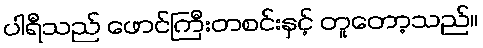
ပါရီသည် ဖောင်ကြီးတစင်းနှင့် တူတော့သည်။